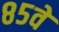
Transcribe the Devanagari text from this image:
८५वे